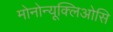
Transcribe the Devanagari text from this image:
मोनोन्यूक्लिओसि